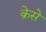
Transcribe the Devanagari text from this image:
क्रेसे